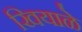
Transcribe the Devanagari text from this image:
खियाळे